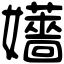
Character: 𡤑